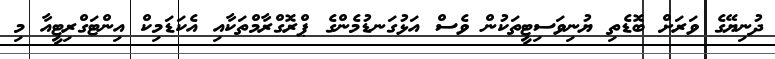
ދުނިޔޭގެ ވަރަށް ބޮޑެތި ޔުނިވަސިޓީތަކުން ވެސް އަޅުގަނޑުމެންގެ ޕްރޮގްރާމްތަކާއި އެކަޑަމިކް އިންޓަގްރިޓީއާ މި